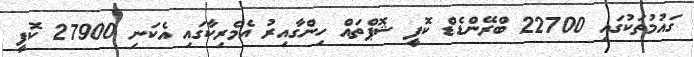
ގައުމުތަކުގައި 22700 ބްރޭންޑެޑް ކޮފީ ޝޮޕްތައް ހިންގާއިރު އެމެރިކާގައި އެކަނި 27900 ކޮފީ